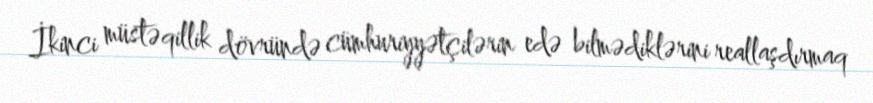
İkinci müstəqillik dövründə cümhuriyyətçilərin edə bilmədiklərini reallaşdırmaq